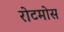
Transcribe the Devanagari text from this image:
रोटमोस